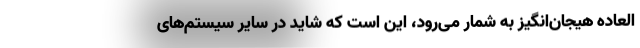
‌العاده هیجان‌انگیز به شمار می‌رود، این است که شاید در سایر سیستم‌های